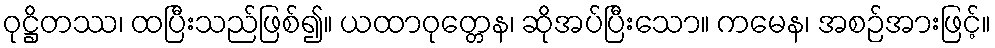
ဝုဋ္ဌိတဿ၊ ထပြီးသည်ဖြစ်၍။ ယထာဝုတ္တေန၊ ဆိုအပ်ပြီးသော။ ကမေန၊ အစဉ်အားဖြင့်။